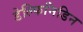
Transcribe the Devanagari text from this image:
डेल्फिनिडिन